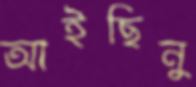
আইছিনু